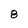
Character: 8